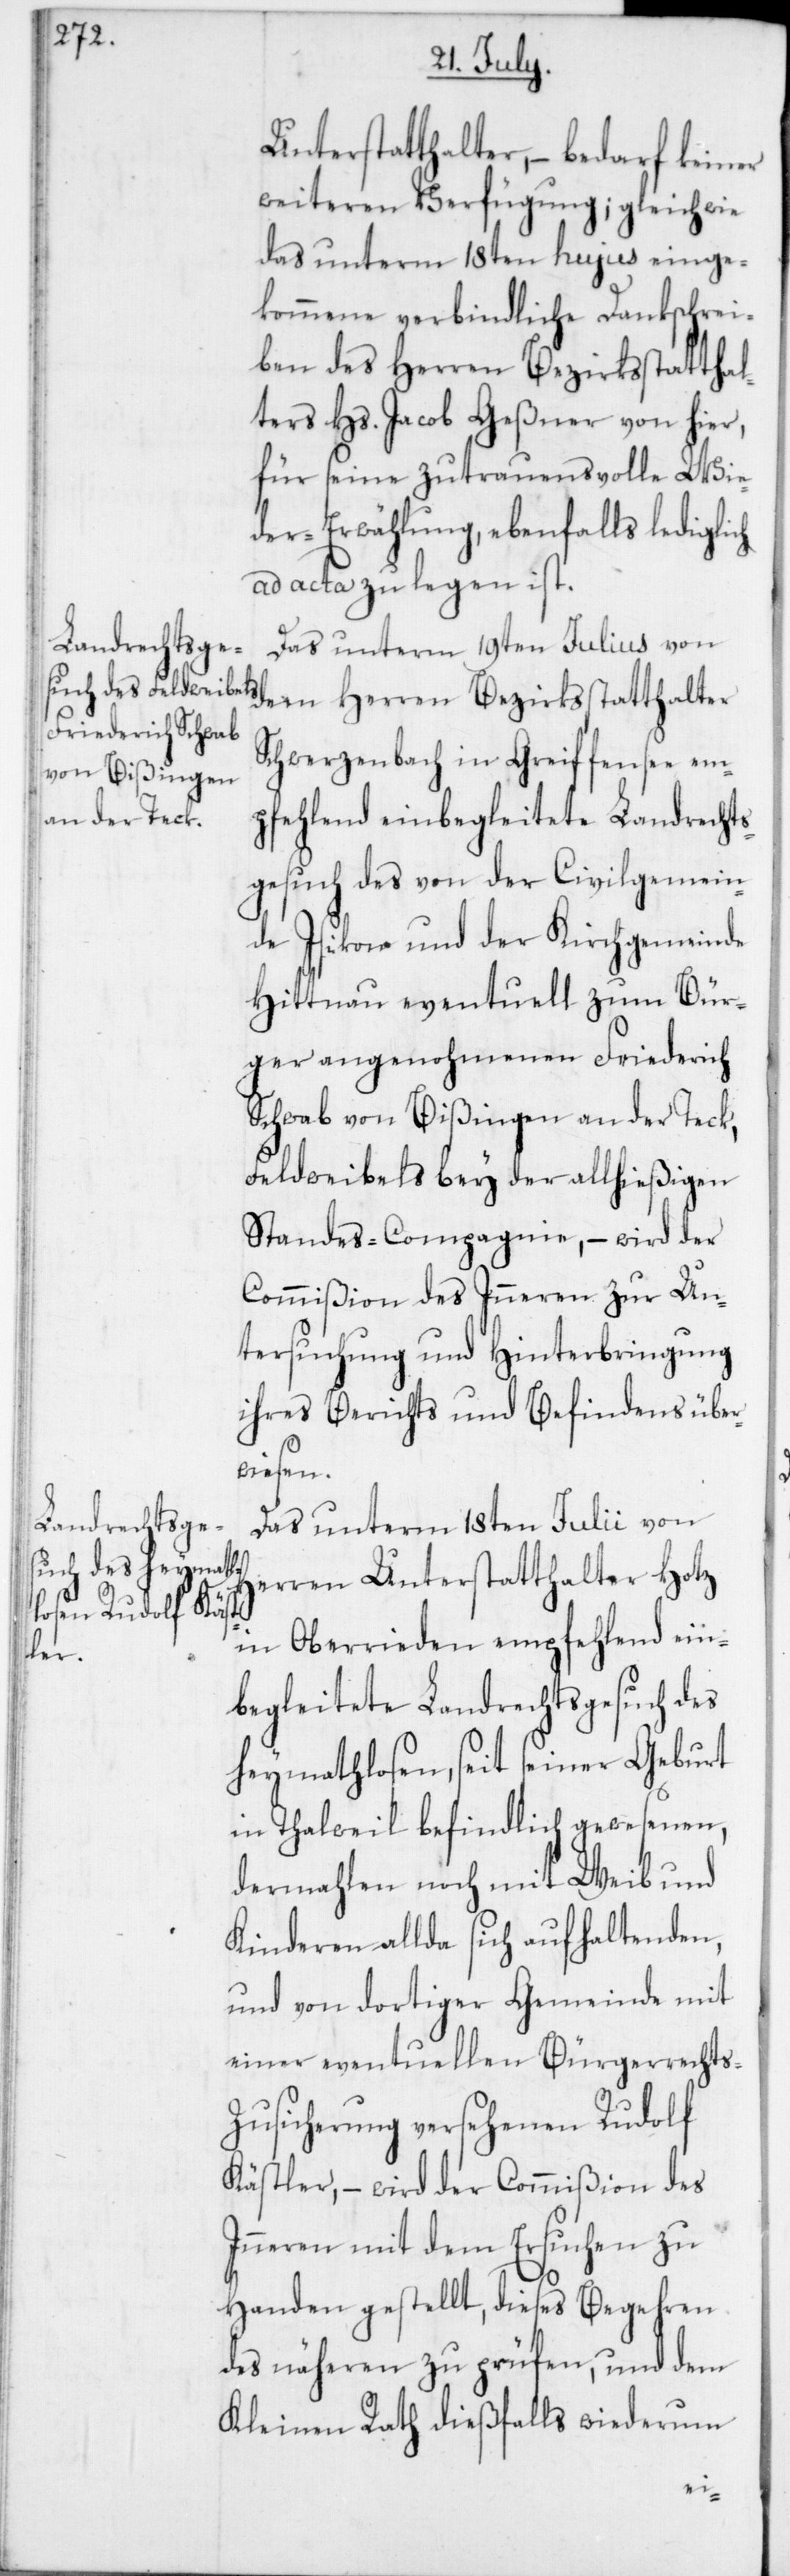
Unterstatthalter, – bedarf keiner
weiteren Verfügung, gleichwie
das unterm 18ten hujus einge¬
kommene verbindliche Dankschrei¬
ben des Herren Bezirksstatthal¬
ters Hs. Jacob Geßner von hier,
für seine zutrauensvolle Wie¬
der-Erwählung, ebenfalls lediglich
ad acta zu legen ist.
Das unterm 19ten Julius von
dem Herren Bezirksstatthalter
Schwerzenbach in Greiffensee em¬
pfehlend einbegleitete Landrecht¬
sgesuch des von der Civilgemein¬
de Isikon und der Kirchgemeinde
Hittnau eventuell zum Bür¬
ger angenohmenen Friederich
Schwab von Bißingen an der Teck,
Feldweibels bey der allhießigen
Standes-Compagnie, – wird der
Commißion des Inneren zur Un¬
tersuchung und Hinterbringung
ihres Berichts und Befindens über¬
wiesen.
Das unterm 18ten Julii von
Herren Unterstatthalter Hotz
in Oberrieden empfehlend ein¬
begleitete Landrechtsgesuch des
heymathlosen, seit seiner Geburt
in Thalweil befindlich gewesenen,
dermahlen noch mit Weib und
Kinderen allda sich aufhaltenden,
und von dortiger Gemeinde mit
einer eventuellen Bürgerrechts-Z¬
usicherung versehenen Rudolf
Kästler, – wird der Commißion des
Inneren mit dem Ersuchen zu
Handen gestellt, dieses Begehren
des näheren zu prüfen, und dem
Kleinen Rath dießfalls wiederum